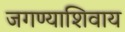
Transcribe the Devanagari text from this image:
जगण्याशिवाय